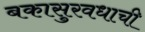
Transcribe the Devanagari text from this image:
बकासुरवधाची